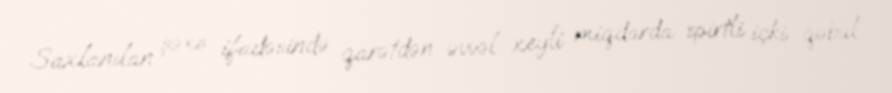
Saxlanılan şəxs ifadəsində qarətdən əvvəl xeyli miqdarda spirtli içki qəbul